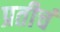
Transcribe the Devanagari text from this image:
प्रतीचं